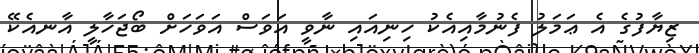
ޒިޔާފުގެ އެ ޢަމަލު ފެނުމާއިއެކު ހިނިއައި ނާވީ އަވަސް އަވަހަށް ބޯޖަހާލީ އާނއެކޭ